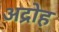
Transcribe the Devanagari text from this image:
अद्रोह